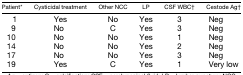
<table><thead><tr><td><b>Patient*</b></td><td><b>Cysticidal treatment</b></td><td><b>Other NCC</b></td><td><b>LP</b></td><td><b>CSF WBC†</b></td><td><b>Cestode Ag†</b></td></tr></thead><tbody><tr><td>1</td><td>Yes</td><td>No</td><td>Yes</td><td>3</td><td>Neg</td></tr><tr><td>9</td><td>No</td><td>C</td><td>Yes</td><td>3</td><td>Neg</td></tr><tr><td>10</td><td>No</td><td>No</td><td>Yes</td><td>1</td><td>Neg</td></tr><tr><td>14</td><td>No</td><td>No</td><td>Yes</td><td>2</td><td>Neg</td></tr><tr><td>17</td><td>No</td><td>No</td><td>Yes</td><td>3</td><td>Neg</td></tr><tr><td>19</td><td>Yes</td><td>C</td><td>Yes</td><td>1</td><td>Very low</td></tr></tbody></table>